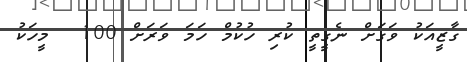
ގާޒީއަކު ވަގަށް ނެގީތީ ކުރި ހުކުމް ހަމަ ވަރަށް 100  މީހަކު